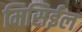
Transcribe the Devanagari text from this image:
मिसिईल